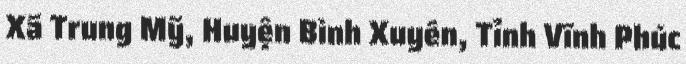
Xã Trung Mỹ, Huyện Bình Xuyên, Tỉnh Vĩnh Phúc